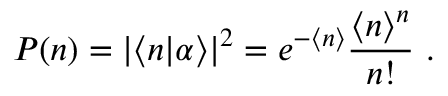
P ( n ) = | \langle n | \alpha \rangle | ^ { 2 } = e ^ { - \langle n \rangle } { \frac { \langle n \rangle ^ { n } } { n ! } } ~ .